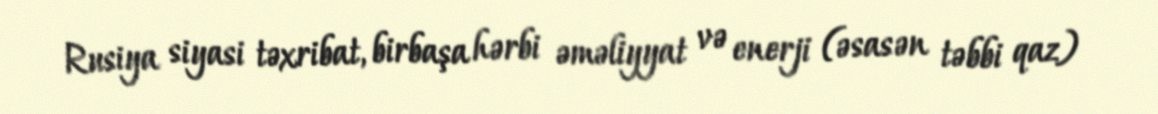
Rusiya siyasi təxribat, birbaşa hərbi əməliyyat və enerji (əsasən təbbi qaz)